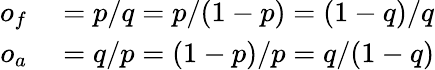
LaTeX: \begin{array}{rl}{o_{f}}&{{}=p/q=p/(1-p)=(1-q)/q}\\ {o_{a}}&{{}=q/p=(1-p)/p=q/(1-q)}\end{array}